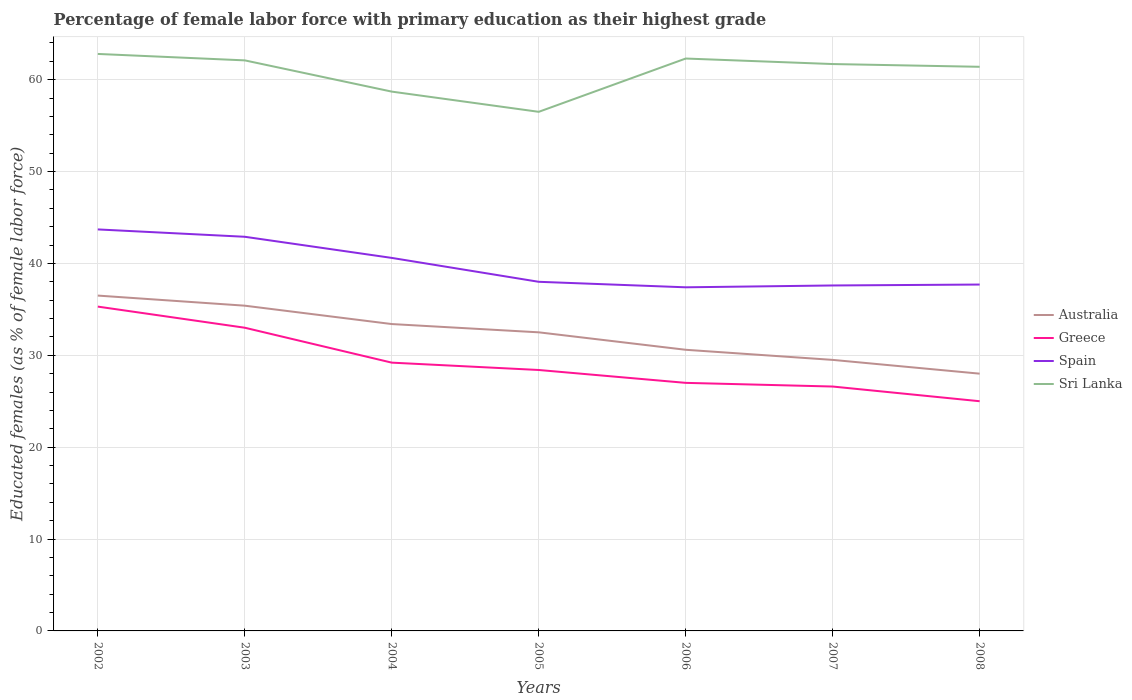
| Years | Australia | Greece | Spain | Sri Lanka |
 | --- | --- | --- | --- | --- |
 | 2002 | 36.5 | 35.3 | 43.7 | 62.8 |
 | 2003 | 35.4 | 33 | 42.9 | 62.1 |
 | 2004 | 33.4 | 29.2 | 40.6 | 58.7 |
 | 2005 | 32.5 | 28.4 | 38 | 56.5 |
 | 2006 | 30.6 | 27 | 37.4 | 62.3 |
 | 2007 | 29.5 | 26.6 | 37.6 | 61.7 |
 | 2008 | 28 | 25 | 37.7 | 61.4 |